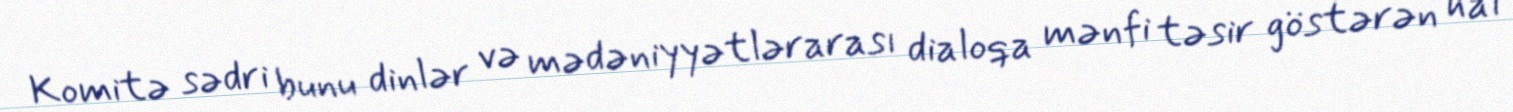
Komitə sədri bunu dinlər və mədəniyyətlərarası dialoqa mənfi təsir göstərən hal